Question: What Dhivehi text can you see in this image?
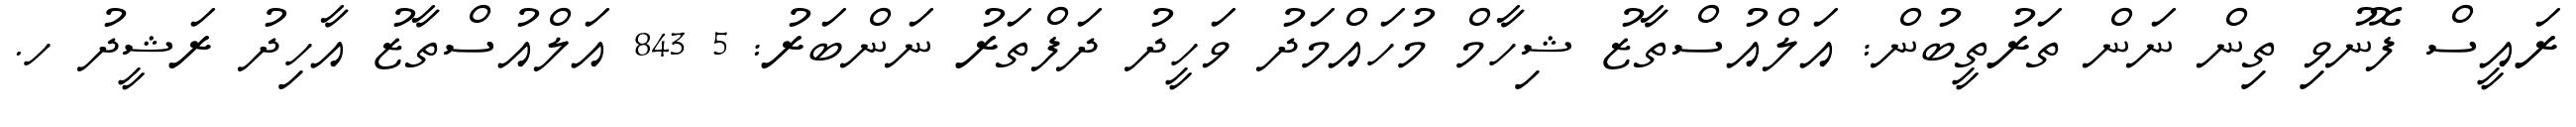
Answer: ރައީސް ފޮނުވި ތިން ނަން ތަރުތީބުން: އަލްއުސްތާޒު ޝިހާމް މުހައްމަދު ވަހީދު ދަފްތަރު ނަންބަރު: 5 843 އަލްއުސްތާޒު އާހިދު ރަޝީދު ހ.